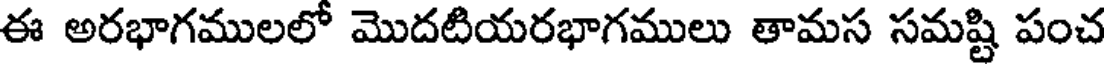
ఈ అరభాగములలో మొదటియరభాగములు తామస సమష్టి పంచ